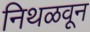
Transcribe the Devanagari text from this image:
निथळवून